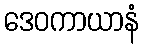
ဒေဝကာယာနံ